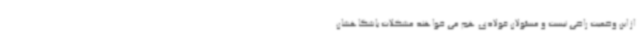
از این وضعیت راضی نیست و مسئولان فولادی هم می خواهند مشکلات باشگاهشان